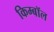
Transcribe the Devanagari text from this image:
किम्बॉल